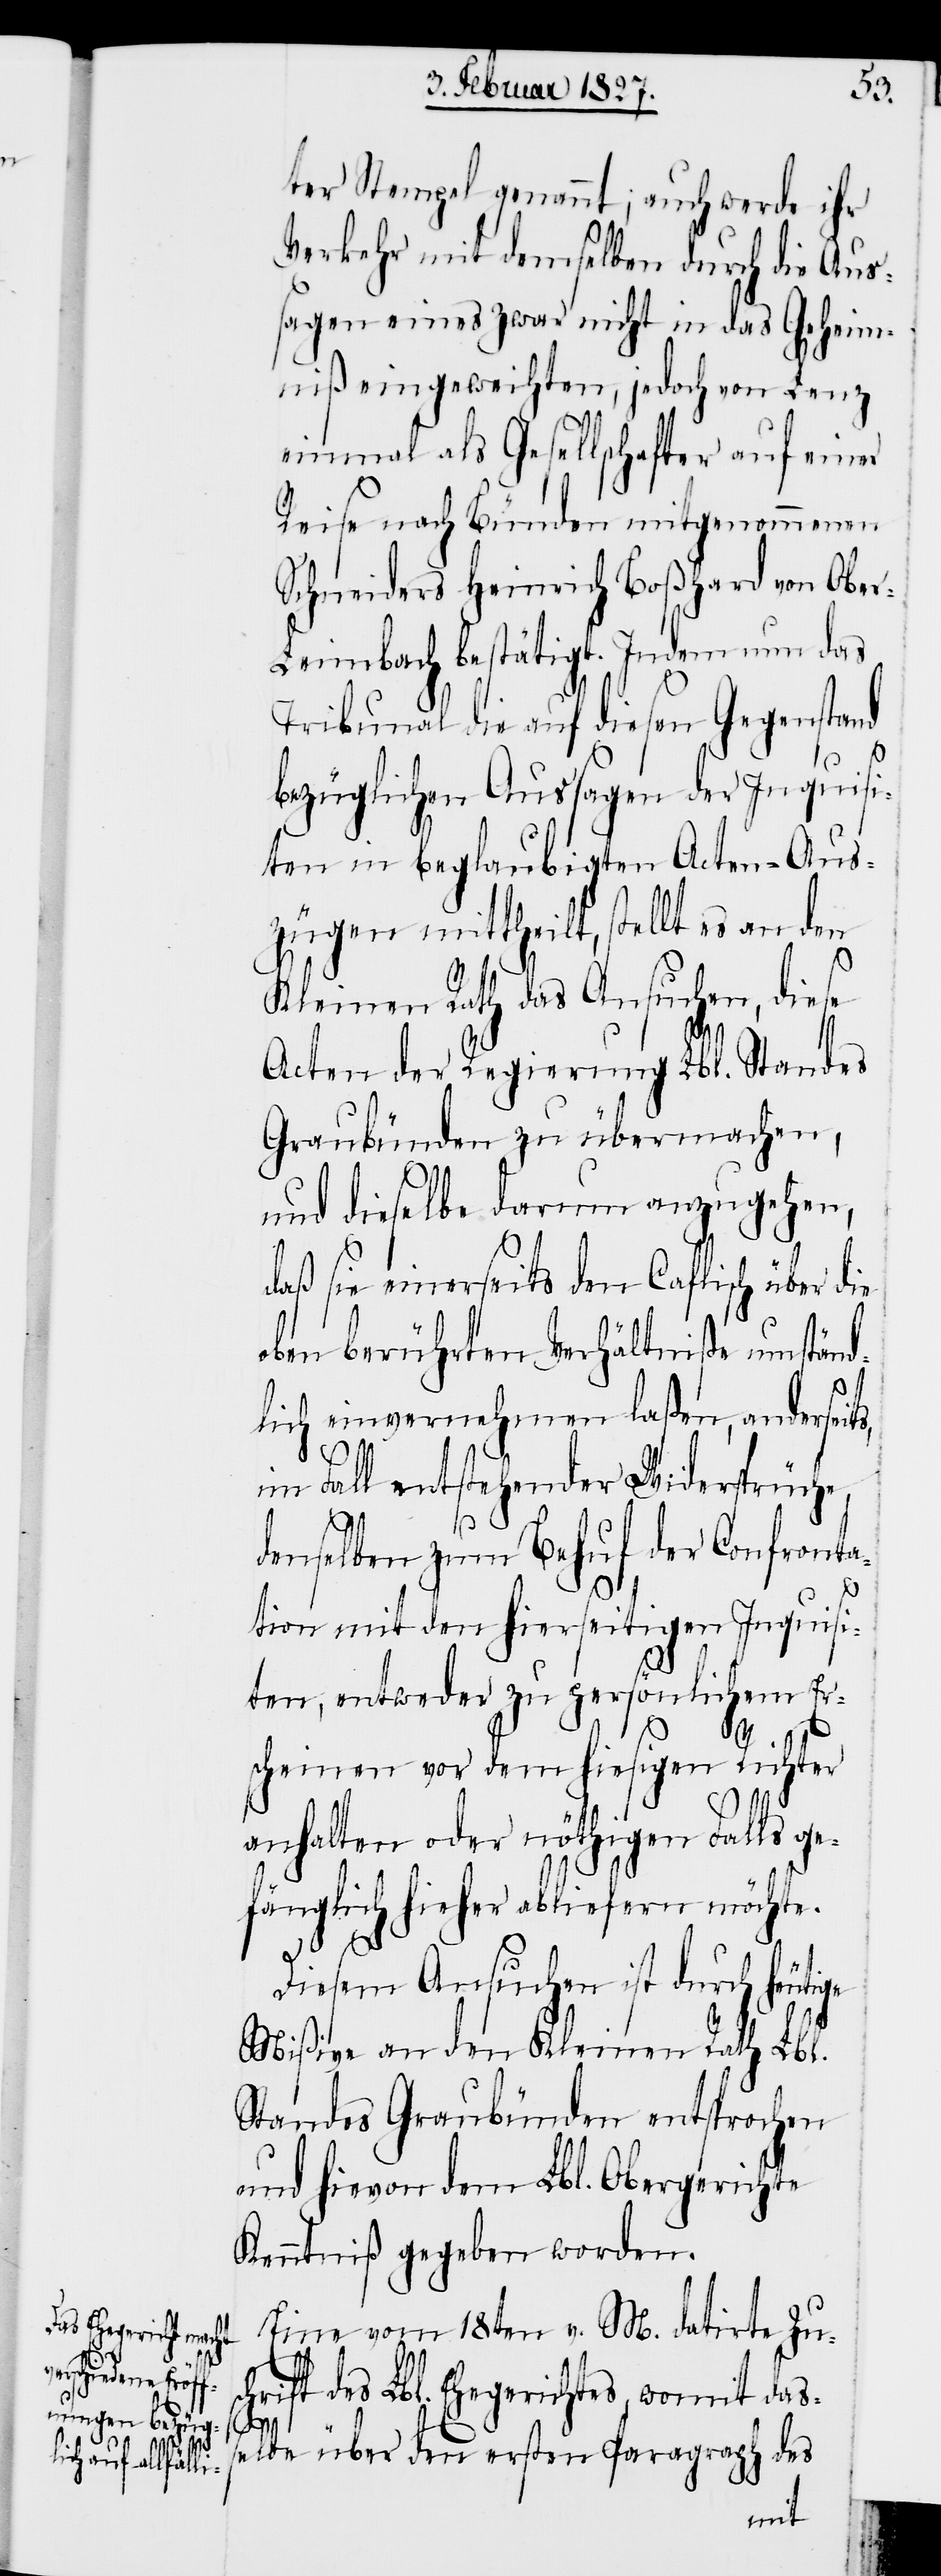
ter Stempel genannt, auch werde ihr
Verkehr mit demselben durch die Aus¬
sagen eines zwar nicht in das Geheim¬
niß eingeweihten, jedoch von Lenz
einmal als Gesellschafter auf einer
Reise nach Bünden mitgenommenen
Schneiders Heinrich Boßhard von Obe¬
r-Leimbach bestätigt. Indem nun das
Tribunal die auf diesen Gegenstand
bezüglichen Aussagen der Inquisi¬
ten in beglaubigten Acten-Aus¬
zügen mittheilt, stellt es an den
Kleinen Rath das Ansuchen, diese
Acten der Regierung Lbl. Standes
Graubünden zu übermachen,
und dieselbe darum anzugehen,
daß sie einerseits den Caflisch über die
eben berührten Verhältniße umständ¬
lich einvernehmen laßen, anderseit¬
im Fall entstehender Widersprüche,
denselben zum Behuf der Confronta¬
tion mit den hierseitigen Inquisi¬
ten, entweder zu persönlichem Er¬
scheinen vor dem hiesigen Richter
sc¬
anhalten oder nöthigen Falls ge¬
fänglich hieher abliefern möchte.
Diesem Ansuchen ist durch heuti¬
Mißive an den Kleinen Rath Lbl.
Standes Graubünden entsprochen
und hievon dem Lbl. Obergerichte
Kenntniß gegeben worden.
Eine vom 18ten v. M. datirte Zu¬
hrift des Lbl. Ehegerichtes, womit das¬
selbe über den ersten Paragraph des